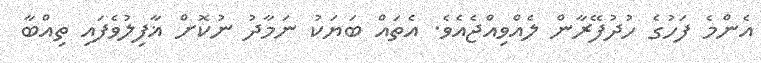
އެންމެ ފަހުގެ ހުދުފޭރާން ލެއްވިއްޖެއެވެ. އެތައް ބަޔަކު ނަމާދު ނުކޮށް ޣާފިލުވެފައި ތިއްބާ